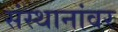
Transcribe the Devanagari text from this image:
संस्थानांवर